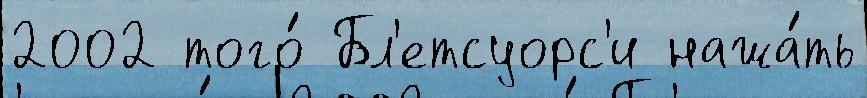
2002 того́ Бл'етсуорс'и нажа́ть